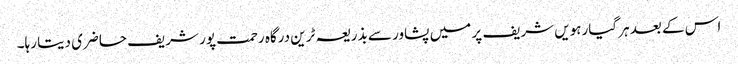
اس کے بعد ہر گیارہویں شریف پر میں پشاور سے بذریعہ ٹرین درگاہ رحمت پور شریف حاضری دیتا رہا۔